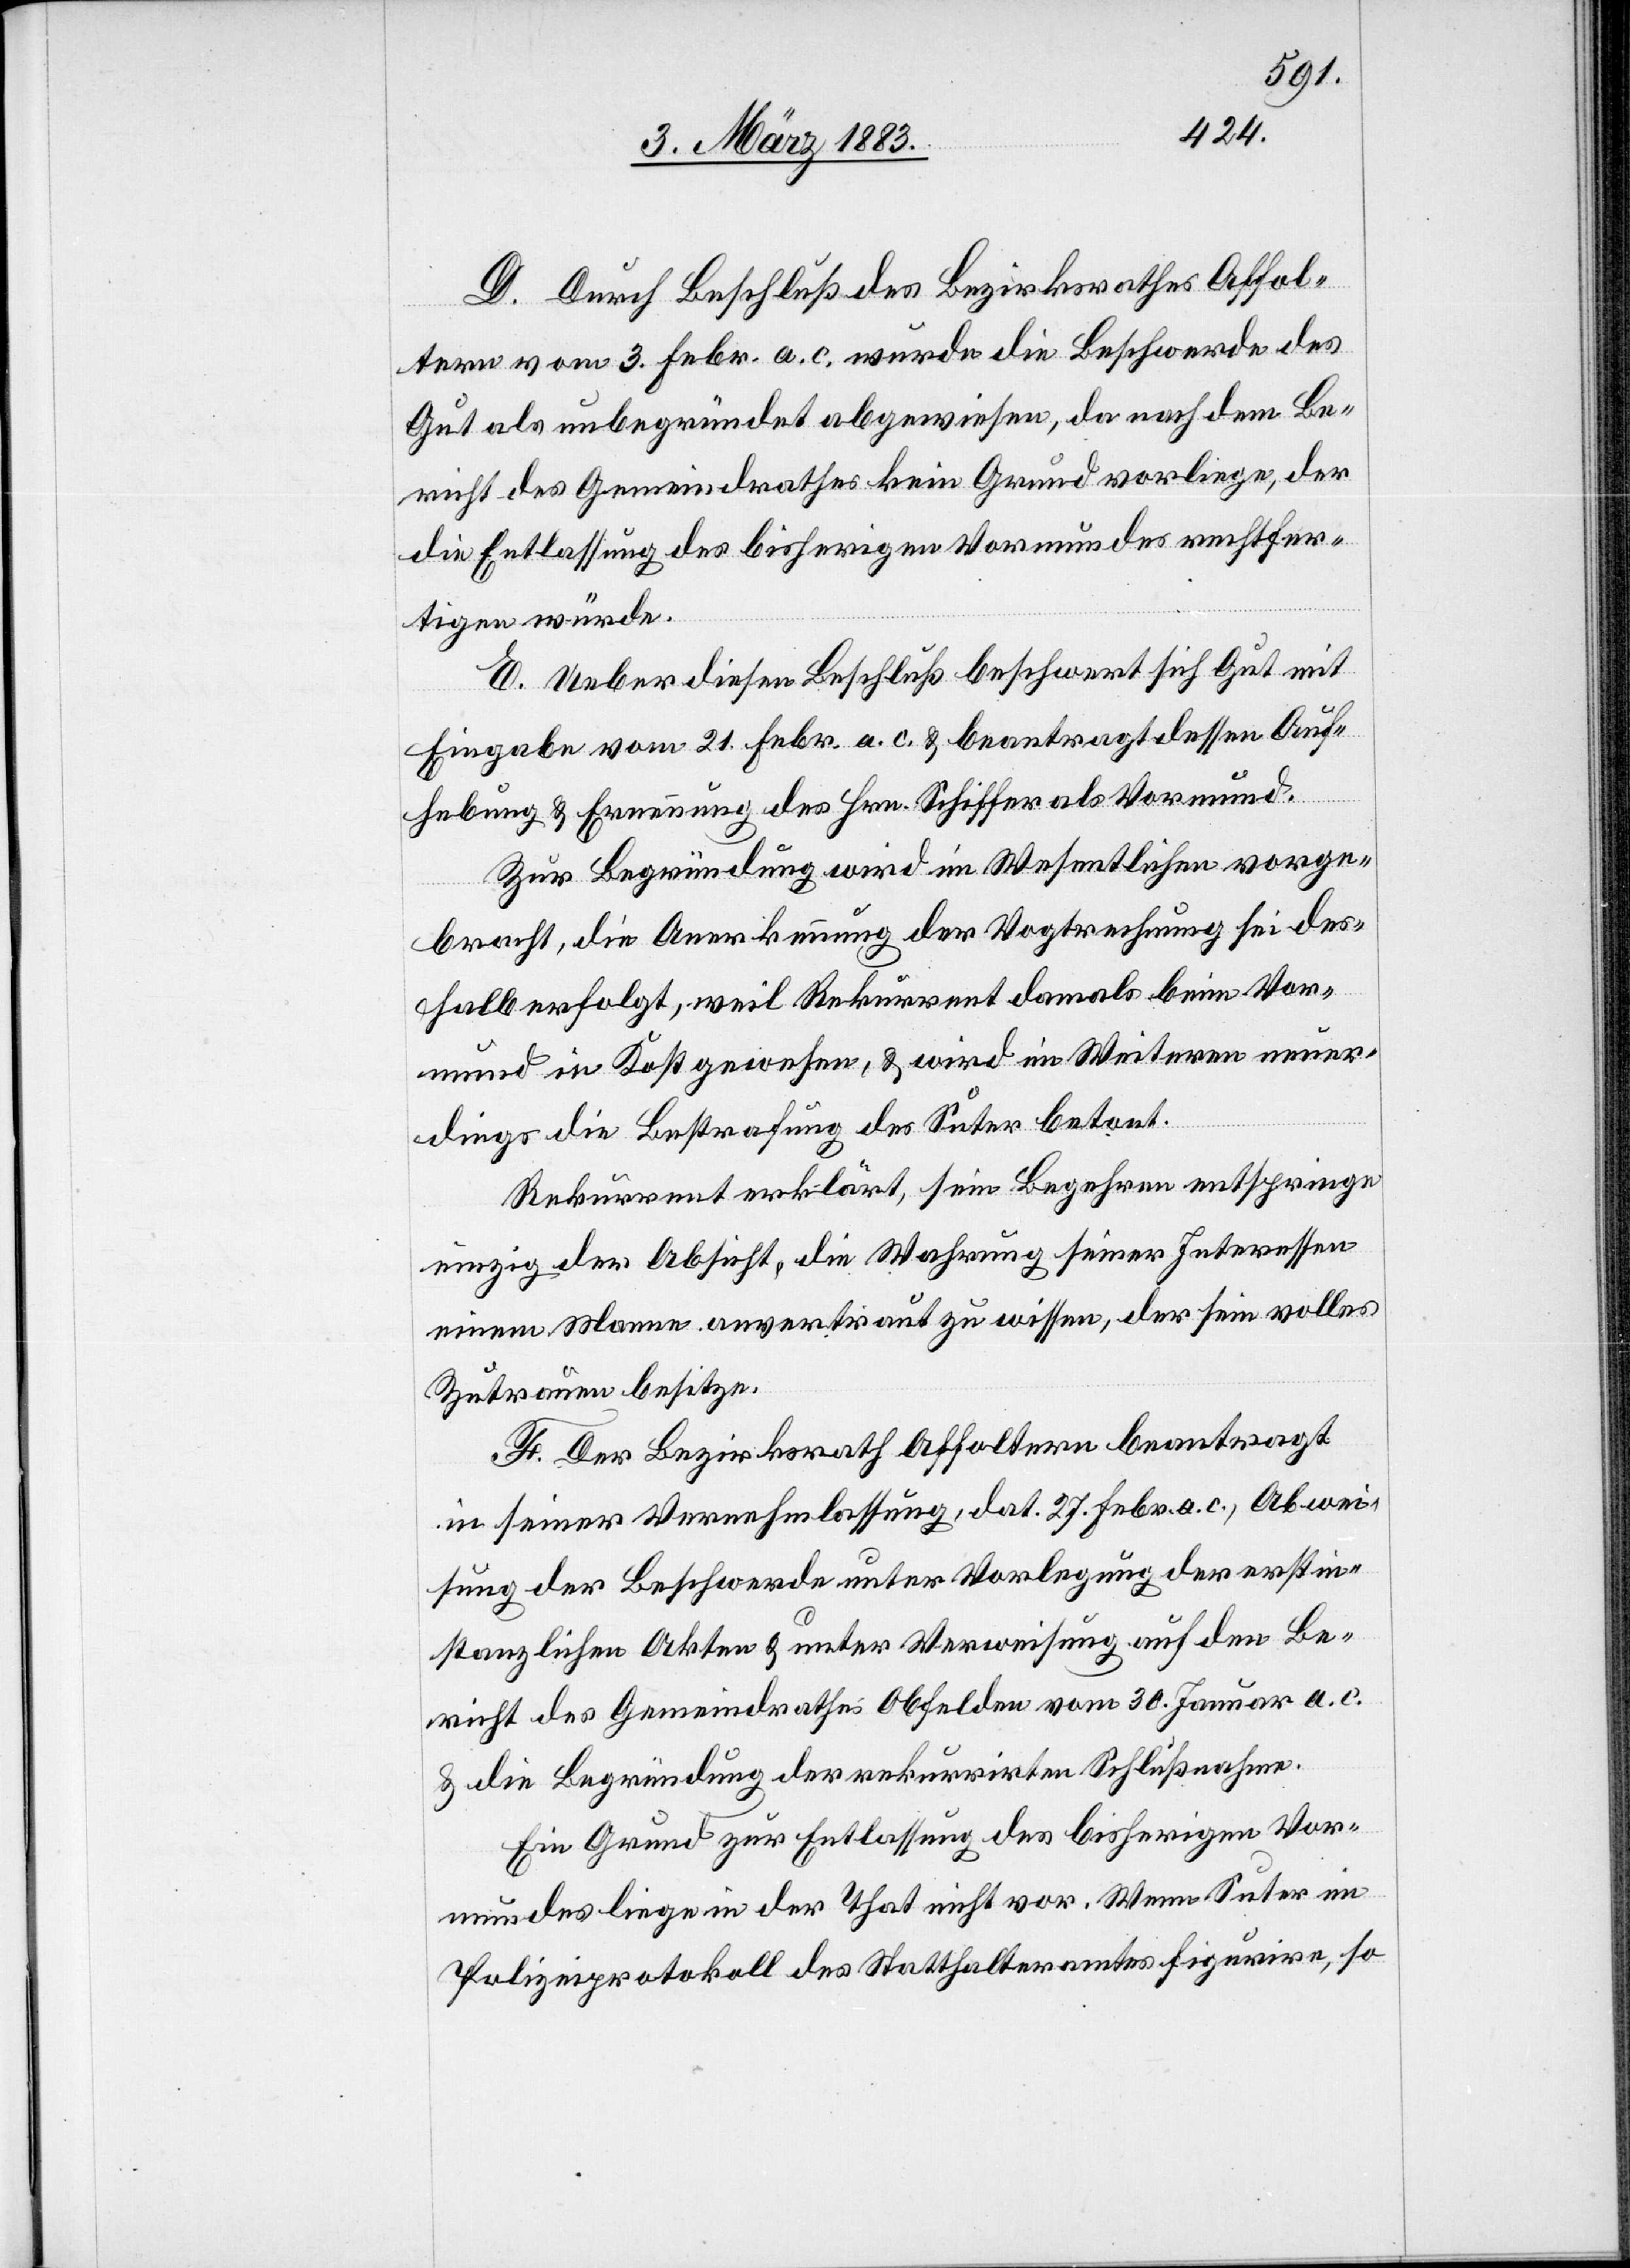
D. Durch Beschluß des Bezirksrathes Affol¬
tern vom 3. Febr. a. c. wurde die Beschwerde des
Gut als unbegründet abgewiesen, da nach dem Be¬
richt des Gemeindrathes kein Grund vorliege, der
die Entlassung des bisherigen Vormundes rechtfer¬
tigen würde.
E. Ueber diesen Beschluß beschwert sich Gut mit
Eingabe vom 21. Febr. a. c. & beantragt dessen Auf¬
hebung & Ernennung des Hrn. Schiffer als Vormund.
Zur Begründung wird im Wesentlichen vorge¬
bracht, die Anerkennung der Vogtrechnung sei des¬
halb erfolgt, weil Rekurrent damals beim Vor¬
mund in Kost gewesen, & wird im Weiteren neuer¬
dings die Bestrafung des Suter betont.
Rekurrent erklärt, sein Begehren entspringe
einzig der Absicht, die Wahrung seiner Interessen
einem Manne anvertraut zu wissen, der sein volles
Zutrauen besitze.
F. Der Bezirksrath Affoltern beantragt
in seiner Vernehmlassung, dat. 27. Febr. a. c., Abwei¬
sung der Beschwerde unter Vorlegung der erstin¬
stanzlichen Akten & unter Verweisung auf den Be¬
richt des Gemeindrathes Obfelden vom 30. Januar a. c.
& die Begründung der rekurrirten Schlußnahme.
Ein Grund zur Entlassung des bisherigen Vor¬
mundes liege in der That nicht vor. Wenn Suter im
Polizeiprotokoll des Statthalteramtes figurire, so